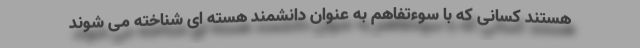
هستند کسانی که با سوءتفاهم به عنوان دانشمند هسته ای شناخته می شوند